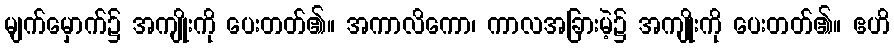
မျက်မှောက်၌ အကျိုးကို ပေးတတ်၏။ အကာလိကော၊ ကာလအခြားမဲ့၌ အကျိုးကို ပေးတတ်၏။ ဧဟိ